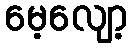
မေ့လျော့